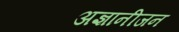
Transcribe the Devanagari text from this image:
अज्ञानीजन